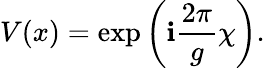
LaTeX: V(x)=\exp\left(\mathbf{i}{\frac{{2\pi}}{{g}}}\chi\right).